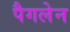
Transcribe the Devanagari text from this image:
पैगलेन